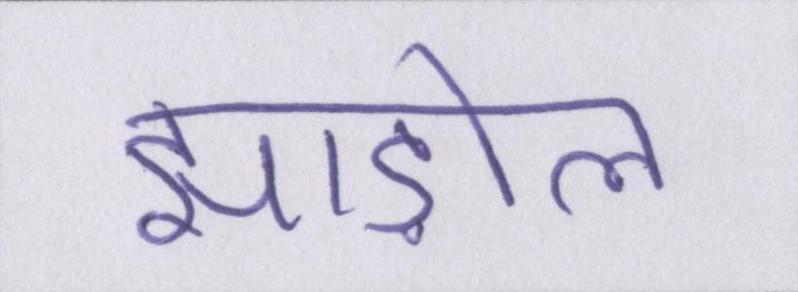
झाड़ोल